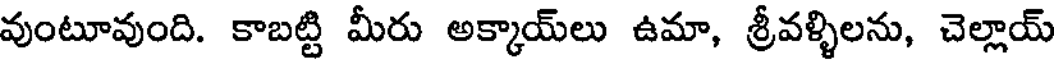
వుంటూవుంది. కాబట్టి మీరు అక్కాయ్లు ఉమా, శ్రీవళ్ళిలను, చెల్లాయ్